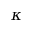
\kappa